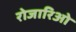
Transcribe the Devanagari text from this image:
रोजारिओ